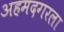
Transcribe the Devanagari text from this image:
अहमदगरला